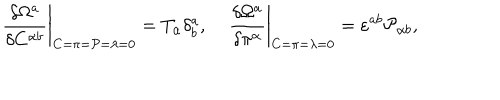
LaTeX: \left. \frac { \delta \Omega ^ { a } } { \delta C ^ { \alpha b } } \right| _ { C = \pi = { \cal P } = \lambda = 0 } = T _ { \alpha } \delta _ { b } ^ { a } , \; \left. \frac { \delta \Omega ^ { a } } { \delta \pi ^ { \alpha } } \right| _ { C = \pi = \lambda = 0 } = \varepsilon ^ { a b } { \cal P } _ { \alpha b } ,